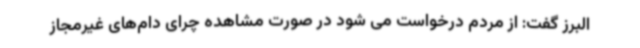
البرز گفت: از مردم درخواست می شود در صورت مشاهده چرای دام‌های غیرمجاز